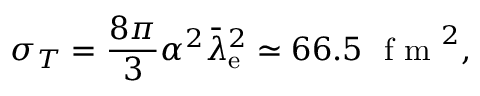
\sigma _ { T } = { \frac { 8 \pi } { 3 } } \alpha ^ { 2 } { \bar { \lambda } } _ { \mathrm { e } } ^ { 2 } \simeq 6 6 . 5 ~ { \textrm { f m } } ^ { 2 } ,